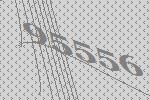
95556